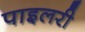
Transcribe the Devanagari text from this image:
पाइलरी